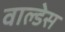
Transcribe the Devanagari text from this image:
वाल्डेस